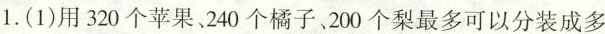
1.(1)用320个苹果、240个橘子200个梨最多可以分装成多